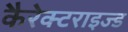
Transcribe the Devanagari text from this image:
कैरेक्टराइज्ड